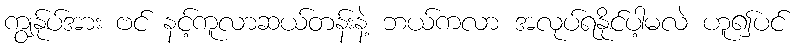
ကျွန်ုပ်အား ဗင် နင့်ကူလာဆယ်တန်းနဲ့ ဘယ်ကလာ အလုပ်ရနိုင်ပါ့မလဲ ဟူ၍ပင်